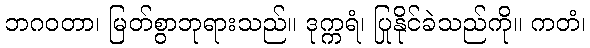
ဘဂဝတာ၊ မြတ်စွာဘုရားသည်။ ဒုက္ကရံ၊ ပြုနိုင်ခဲသည်ကို။ ကတံ၊